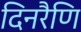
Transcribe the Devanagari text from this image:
दिनरैणि